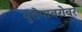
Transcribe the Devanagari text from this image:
युरोपाबरोबर